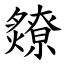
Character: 爒